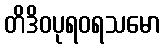
တိဒိဝပုရဝရသမော